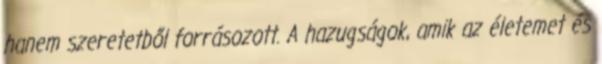
hanem szeretetből forrásozott. A hazugságok, amik az életemet és